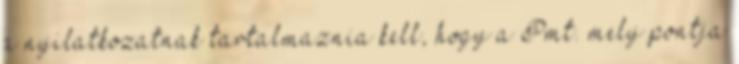
a nyilatkozatnak tartalmaznia kell, hogy a Pmt. mely pontja